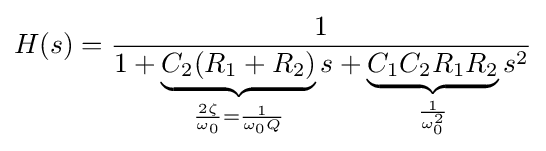
H(s)={\frac {1}{1+\underbrace {C_{2}(R_{1}+R_{2})} _{{\frac {2\zeta }{\omega _{0}}}={\frac {1}{\omega _{0}Q}}}s+\underbrace {C_{1}C_{2}R_{1}R_{2}} _{\frac {1}{\omega _{0}^{2}}}s^{2}}}